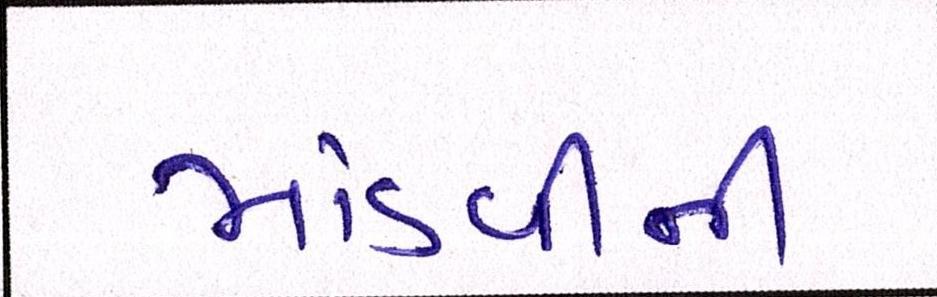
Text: માંડવીની